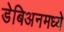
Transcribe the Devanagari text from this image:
डेबिअनमध्ये